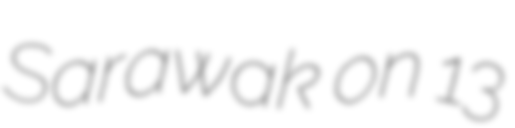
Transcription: Sarawak on 13